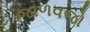
જાળવજો